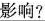
影响？